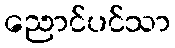
ညောင်ပင်သာ